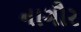
નાગૌર